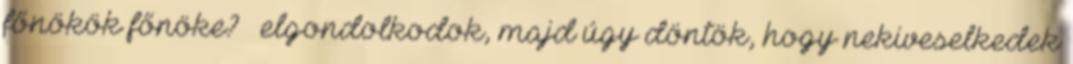
főnökök főnöke? – elgondolkodok, majd úgy döntök, hogy nekiveselkedek